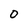
Character: 0